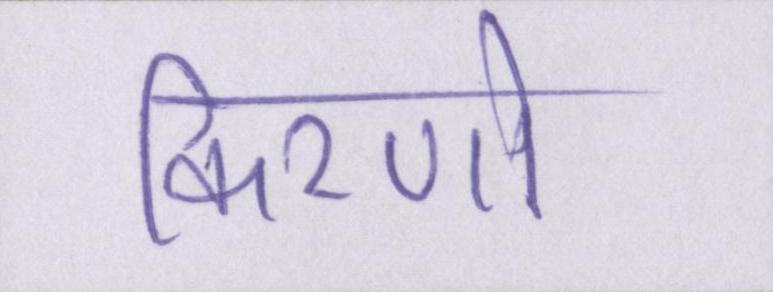
किरणो